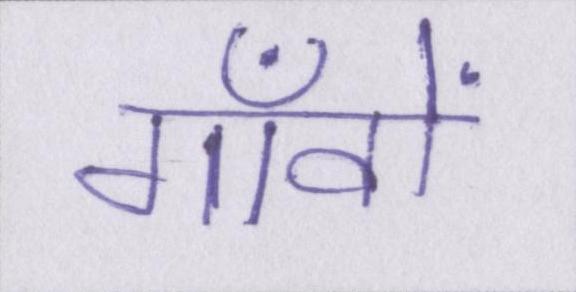
गाँवों